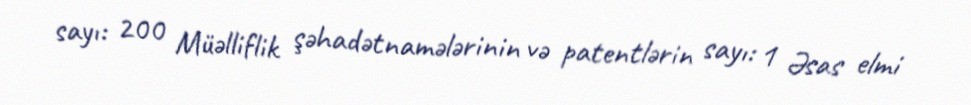
sayı: 200 Müəlliflik şəhadətnamələrinin və patentlərin sayı: 1 Əsas elmi